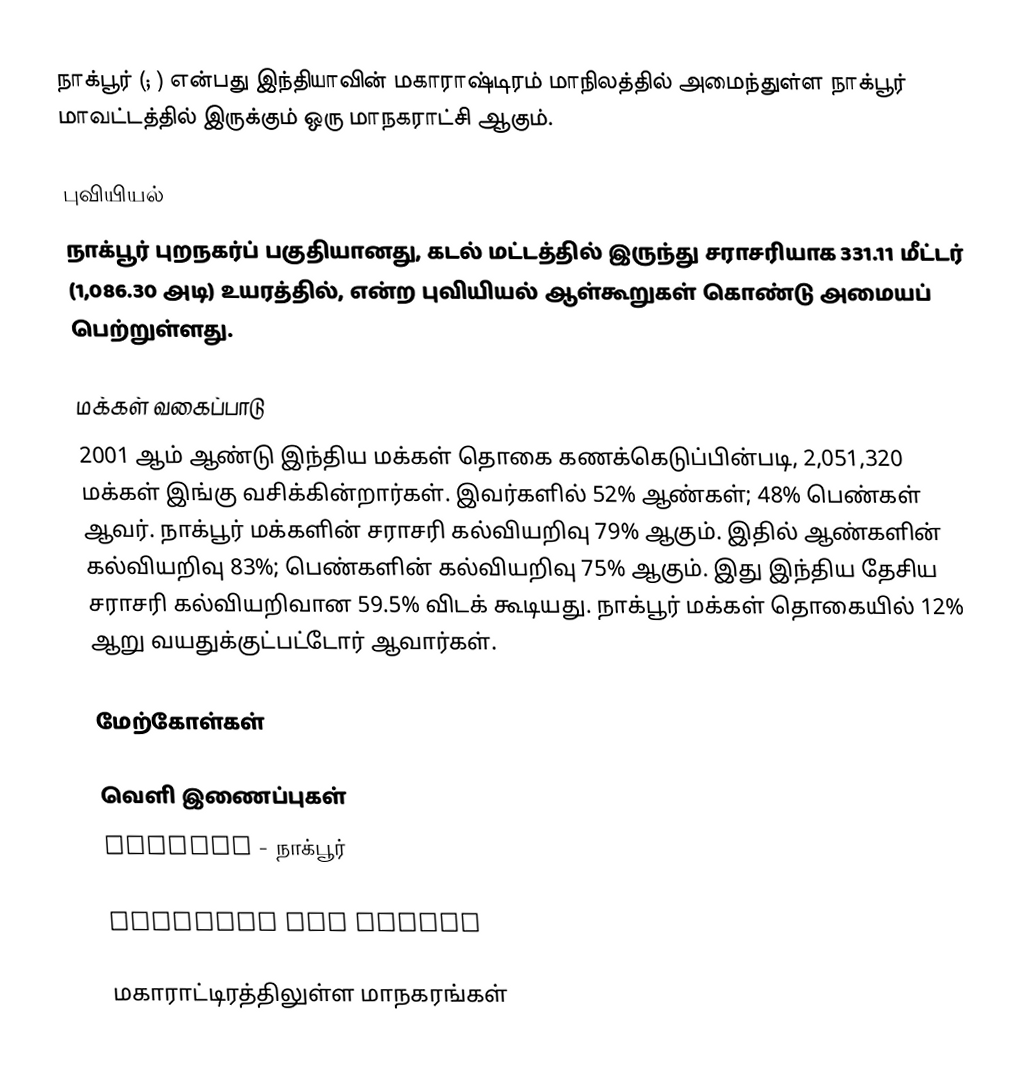
நாக்பூர் (; ) என்பது இந்தியாவின் மகாராஷ்டிரம் மாநிலத்தில் அமைந்துள்ள நாக்பூர் மாவட்டத்தில் இருக்கும் ஒரு மாநகராட்சி ஆகும்.

புவியியல்
நாக்பூர் புறநகர்ப் பகுதியானது, கடல் மட்டத்தில் இருந்து சராசரியாக 331.11 மீட்டர் (1,086.30 அடி) உயரத்தில்,  என்ற புவியியல் ஆள்கூறுகள் கொண்டு அமையப் பெற்றுள்ளது.

மக்கள் வகைப்பாடு
2001 ஆம் ஆண்டு இந்திய மக்கள் தொகை கணக்கெடுப்பின்படி, 2,051,320 மக்கள் இங்கு வசிக்கின்றார்கள். இவர்களில் 52% ஆண்கள்; 48% பெண்கள் ஆவர். நாக்பூர் மக்களின் சராசரி கல்வியறிவு 79% ஆகும். இதில் ஆண்களின் கல்வியறிவு 83%; பெண்களின் கல்வியறிவு 75% ஆகும். இது இந்திய தேசிய சராசரி கல்வியறிவான 59.5% விடக் கூடியது. நாக்பூர் மக்கள் தொகையில் 12% ஆறு வயதுக்குட்பட்டோர் ஆவார்கள்.

மேற்கோள்கள்

வெளி இணைப்புகள்
 GeoHack - நாக்பூர்

Gorewada Zoo Nagpur

மகாராட்டிரத்திலுள்ள மாநகரங்கள்